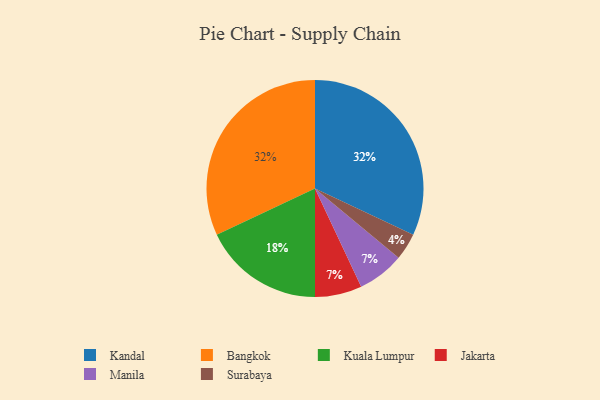
{"axis": {"x": "Category", "y": "Percentage"}, "legend": ["Bangkok", "Jakarta", "Kandal", "Kuala Lumpur", "Manila", "Surabaya"], "data": [{"x": "Kuala Lumpur", "y": 18, "type": "Kuala Lumpur"}, {"x": "Jakarta", "y": 7, "type": "Jakarta"}, {"x": "Manila", "y": 7, "type": "Manila"}, {"x": "Kandal", "y": 32, "type": "Kandal"}, {"x": "Surabaya", "y": 4, "type": "Surabaya"}, {"x": "Bangkok", "y": 32, "type": "Bangkok"}]}